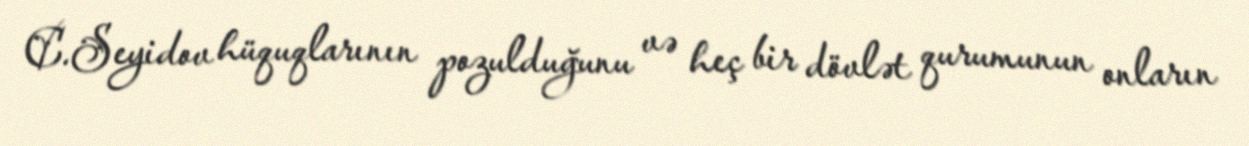
C.Seyidov hüquqlarının pozulduğunu və heç bir dövlət qurumunun onların